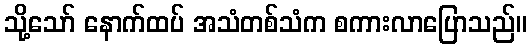
သို့သော် နောက်ထပ် အသံတစ်သံက စကားလာပြောသည်။